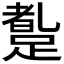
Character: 𲃼